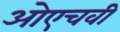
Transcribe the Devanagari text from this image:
ओएचवी